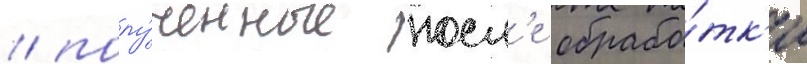
/ полу́ченные посл'е обрабо́тк'и